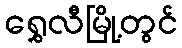
ရွှေလီမြို့တွင်